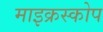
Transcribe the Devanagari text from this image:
माइक्रस्कोप